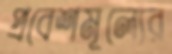
প্রবেশমূল্যের